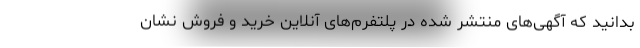
بدانید که آگهی‌های منتشر شده در پلتفرم‌های آنلاین خرید و فروش نشان